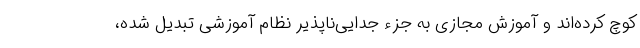
کوچ کرده‌اند و آموزش مجازی به جزء جدایی‌ناپذیر نظام آموزشی تبدیل شده،